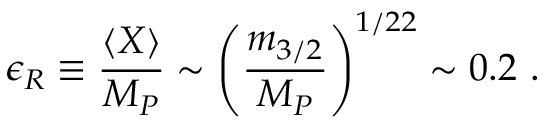
\epsilon _ { \cal R } \equiv \frac { \langle X \rangle } { M _ { P } } \sim \left( \frac { m _ { 3 / 2 } } { M _ { P } } \right) ^ { 1 / 2 2 } \sim 0 . 2 ~ .